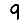
Digit: 9